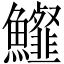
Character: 𩽍